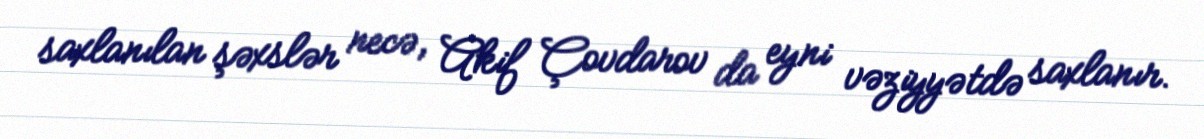
saxlanılan şəxslər necə, Akif Çovdarov da eyni vəziyyətdə saxlanır.